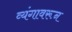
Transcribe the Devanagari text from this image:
व्यंगावरून